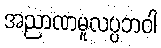
အညာဏမူလပ္ပဘဝါ